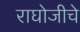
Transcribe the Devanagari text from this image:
राघोजीचे